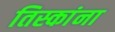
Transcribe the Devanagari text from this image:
तिस्कांना